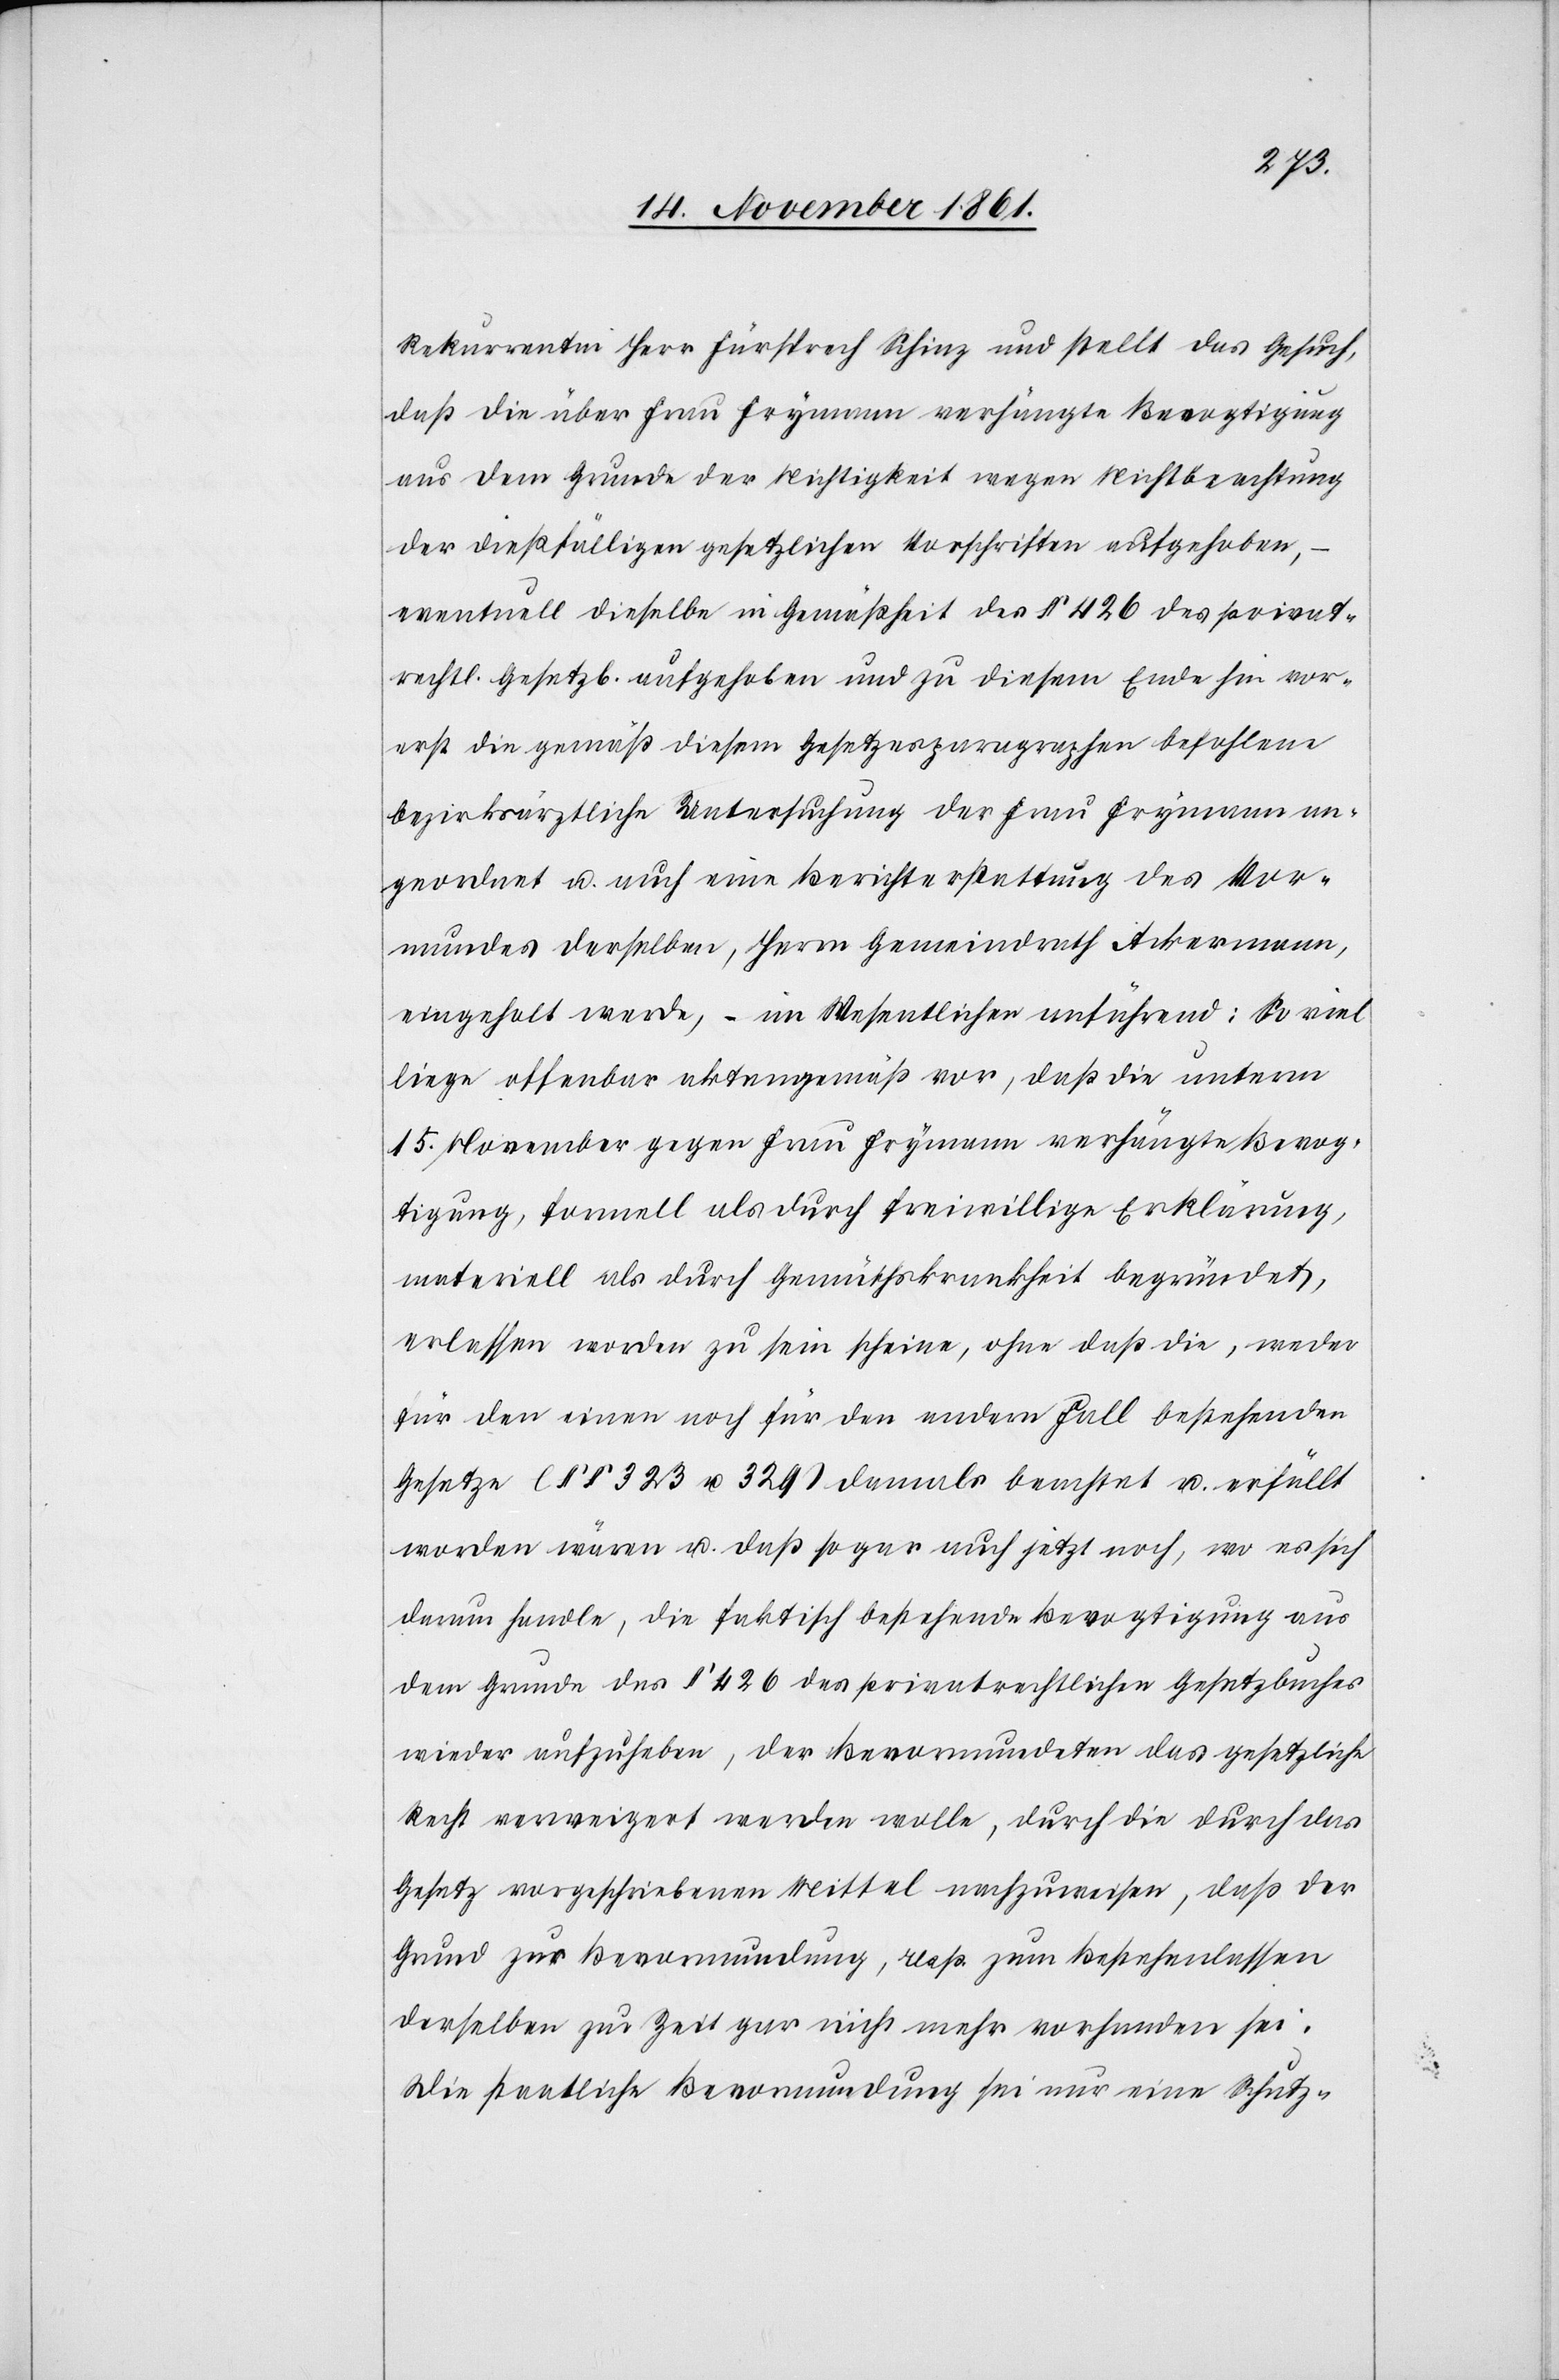
Rekurrentin Herr Fürsprech Schinz und stellt das Gesuch,
daß die über Frau Frymann verhängte Bevogtigung
aus dem Grunde der Nichtigkeit wegen Nichtbeachtung
der dießfälligen gesetzlichen Vorschriften aufgehoben,
eventuell dieselbe in Gemäßheit des § 426 des privat¬
rechtl. Gesetzb. aufgehoben und zu diesem Ende hin vor¬
erst die gemäß diesem Gesetzesparagraphen befohlene
bezirksräthliche Untersuchung der Frau Frymann an¬
geordnet u. auch eine Berichterstattung des Vor¬
mundes derselben, Herrn Gemeindrath Ackermann,
eingeholt werde, – im Wesentlichen anführend: So viel
liege offenbar aktengemäß vor, daß die unterm
15 November gegen Frau Frymann verhängte Bevog¬
tigung, formell als durch freiwillige Erklärung,
materiell als durch Gemüthskrankheit begründet,
erlassen worden zu sein scheine, ohne daß die, weder
für den einen noch für den andern Fall bestehenden
Gesetze (§§ 323 u. 329) damals beachtet u. erfüllt
worden wären u. daß sogar auch jetzt noch, wo es sich
darum handle, die faktisch bestehende Bevogtigung aus
dem Grunde des § 426 des privatrechtlichen Gesetzbuches
wieder aufzuheben, der Bevormundeten das gesetzliche
Recht verweigert werden wolle, durch die durch das
Gesetz vorgeschriebenen Mittel nachzuweisen, daß der
Grund zur Bevormundung, also zum Bestehenlassen
derselben zur Zeit gar nicht mehr vorhanden sei.
Die staatliche Bevormundung sei nur eine Schutz-